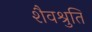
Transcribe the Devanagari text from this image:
शैवश्रुतिं